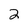
Character: 2